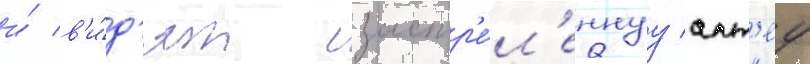
и́ в'и́д'ят застр'е́л'еннуу алт'еу